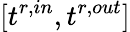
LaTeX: [t^{r,in},t^{r,out}]